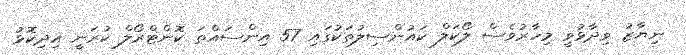
ނިޔާޒު ވިދާޅުވީ މިހާރުވެސް ލޯކަލް ކައުންސިލުތަކުގައި 57 އިންސައްތަ ކޮންޓްރޯލް ކުރަނީ އިދިކޮޅު